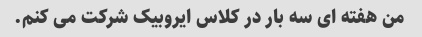
من هفته ای سه بار در کلاس ایروبیک شرکت می کنم.